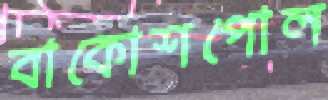
বাকোশপোল